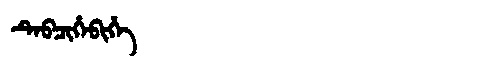
Manchu: ᡨᡝᠪᠴᡳᡥᡝᠪᡳᡥᡝ
Romanization: TEBCIHEBIHE